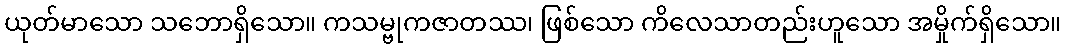
ယုတ်မာသော သဘောရှိသော။ ကသမ္ဗုကဇာတဿ၊ ဖြစ်သော ကိလေသာတည်းဟူသော အမှိုက်ရှိသော။